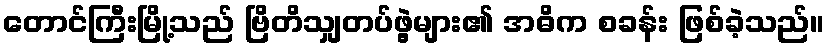
တောင်ကြီးမြို့သည် ဗြိတိသျှတပ်ဖွဲ့များ၏ အဓိက စခန်း ဖြစ်ခဲ့သည်။